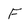
Character: F